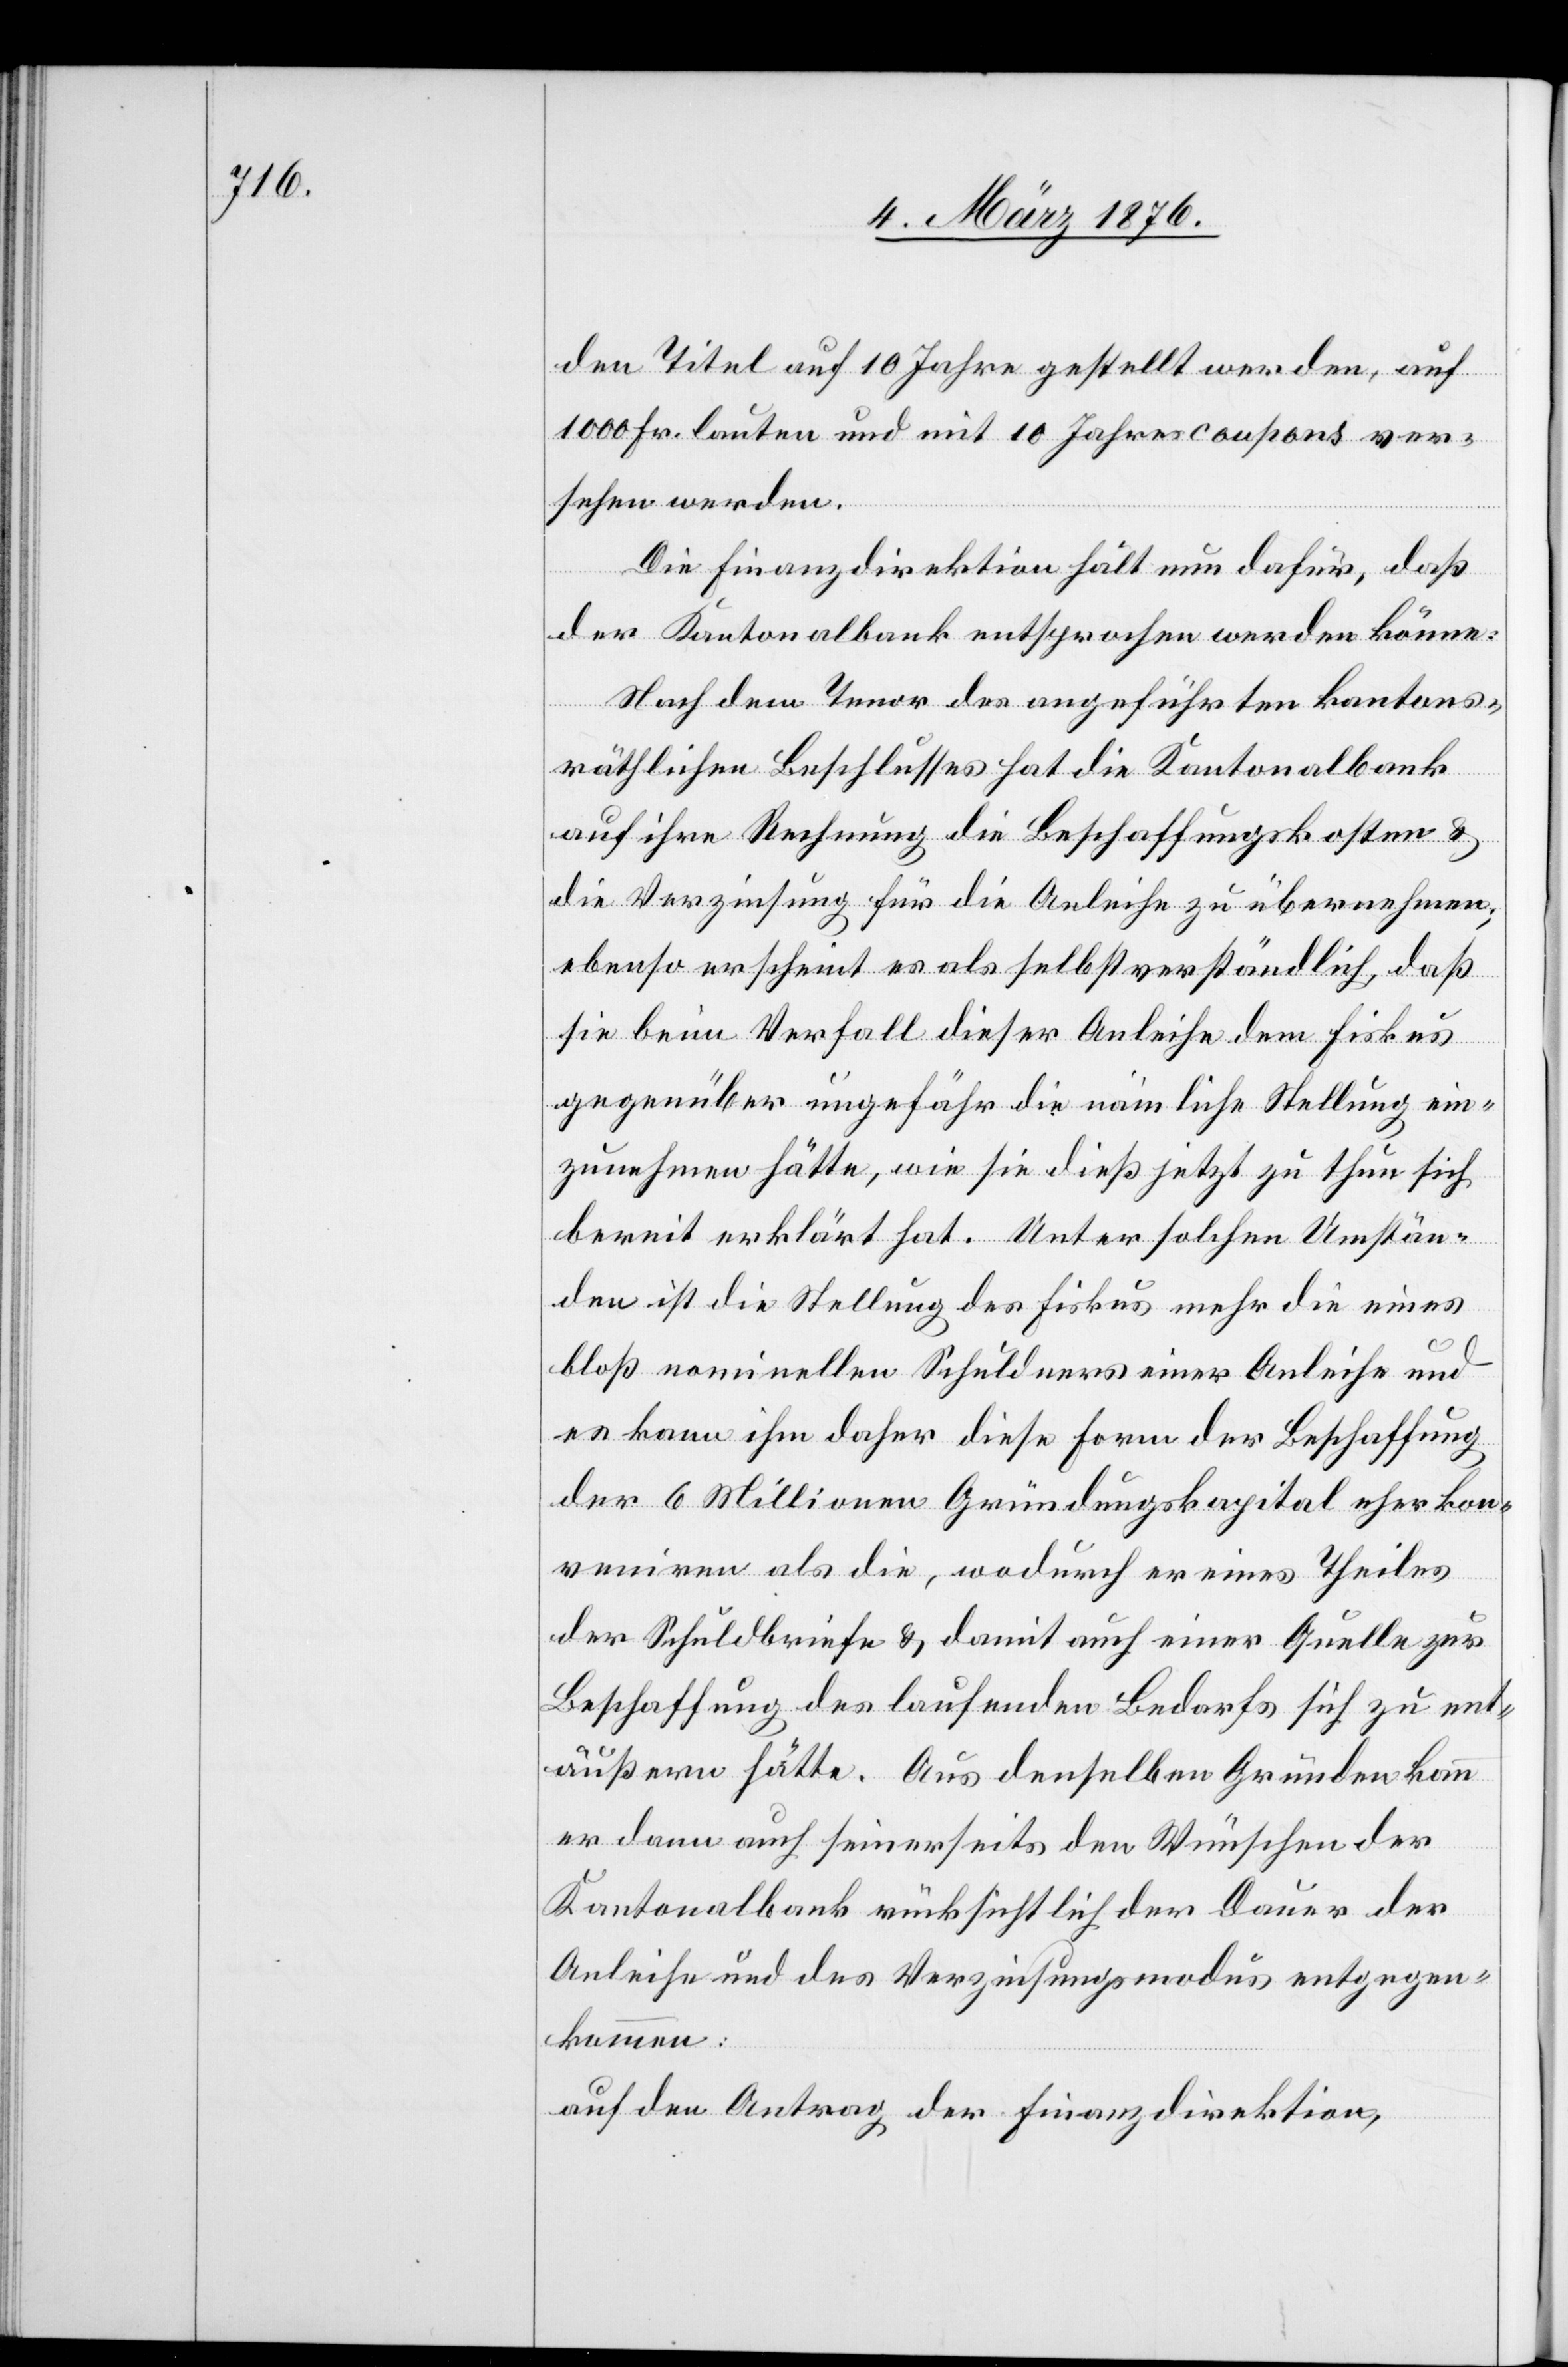
den Titel auf 10 Jahre gestellt werden, auf
1000 Fr. lauten und mit 10 Jahrescoupons ver¬
sehen werden.
Die Finanzdirektion hält nun dafür, daß
der Kantonalbank entsprochen werden könne:
Nach dem Tenor des angeführten kantons¬
räthlichen Beschlusses hat die Kantonalbank
auf ihre Rechnung die Beschaffungskosten &
die Verzinsung für die Ausleihe zu übernehmen;
ebenso erscheint es als selbstverständlich, das
sie beim Verfall dieser Anleihe dem Fiskus
gegenüber ungefähr die nämliche Stellung ein¬
zunehmen hätte, wie sie dies jetzt zu thun sich
bereit erklärt hat. Unter solchen Umstän¬
den ist die Stellung des Fiskus mehr die eines
bloß nominellen Schuldners einer Anleihe und
es kann ihm daher diese Form der Beschaffung
der 6 Millionen Gründungskapital eher kon¬
veniren als die, wodurch er eines Theiles
der Schuldbriefe & damit auch einer Quelle zur
Beschaffung des laufenden Bedarfs sich zu ent¬
äußern hätte. Aus denselben Gründen kann
er dann auch seinerseits den Wünschen der
Kantonalbank rücksichtlich der Dauer der
Anleihe und des Verzinsungsmodus entgegen¬
kommen:
auf den Antrag der Finanzdirektion,